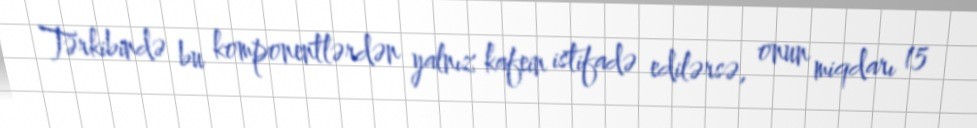
Tərkibində bu komponentlərdən yalnız kafein istifadə edilərsə, onun miqdarı 15